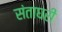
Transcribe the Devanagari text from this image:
संताघरीं